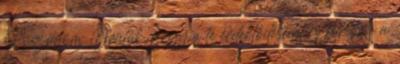
Köszönöm Örülök, hogy a te érdeklődésedet is felkeltette a